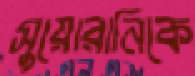
সুয়োরানিকে